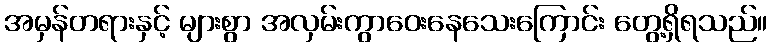
အမှန်တရားနှင့် များစွာ အလှမ်းကွာဝေးနေသေးကြောင်း တွေ့ရှိရသည်။